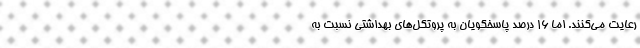
رعایت می‌کنند. اما ۱۶ درصد پاسخگویان به پروتکل­های بهداشتی نسبت به